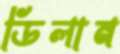
ডিলান